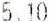
5.10